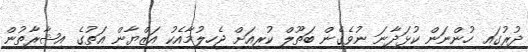
ދުރުގައި ހުންނަން ކުޅަދާނަ ނުވެގެން ބަތޫލް ކުރިއަށް ޖެހިލުމާއެކު އަޒްޔާން އަތުގެ އިޝާރާތުން